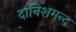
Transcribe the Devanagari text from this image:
दानिशमन्द